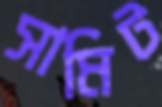
সামিট